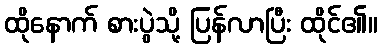
ထိုနောက် စားပွဲသို့ ပြန်လာပြီး ထိုင်၏။